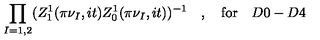
\prod _ { I = 1 , 2 } ( Z _ { 1 } ^ { 1 } ( \pi \nu _ { I } , i t ) Z _ { 0 } ^ { 1 } ( \pi \nu _ { I } , i t ) ) ^ { - 1 } \quad , \quad \mathrm { f o r } \quad D 0 - D 4